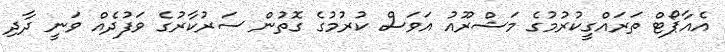
އެއާޕޯޓް ތަރައްގީކުުރުމުގެ މަޝްރޫއު އަވަސް ކުރުމުގެ ގޮތުން ސަރުކާރުގެ ވަފުދެއް ވަނީ ދާދި